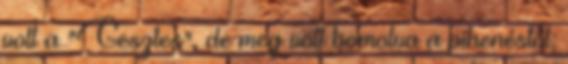
volt a "Gesztes", de meg volt bomolva a pihenéstől;